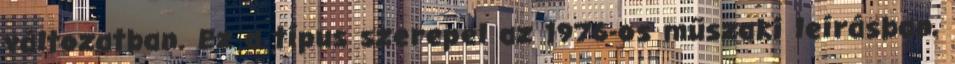
változatban. Ez a típus szerepel az 1976-os műszaki leírásban,